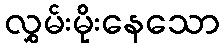
လွှမ်းမိုးနေသော